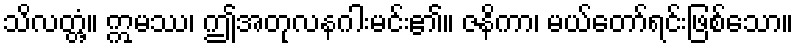
သိလတ္တံ့။ ဣမဿ၊ ဤအတုလနဂါးမင်း၏။ ဇနိကာ၊ မယ်တော်ရင်းဖြစ်သော။